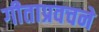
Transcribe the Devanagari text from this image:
गीताप्रवचने